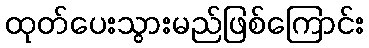
ထုတ်ပေးသွားမည်ဖြစ်ကြောင်း